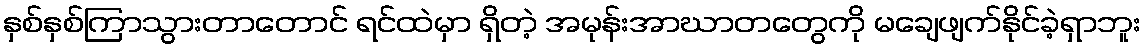
နှစ်နှစ်ကြာသွားတာတောင် ရင်ထဲမှာ ရှိတဲ့ အမုန်းအာဃာတတွေကို မချေဖျက်နိုင်ခဲ့ရှာဘူး